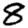
Digit: 8